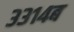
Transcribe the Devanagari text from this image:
३३१४ब